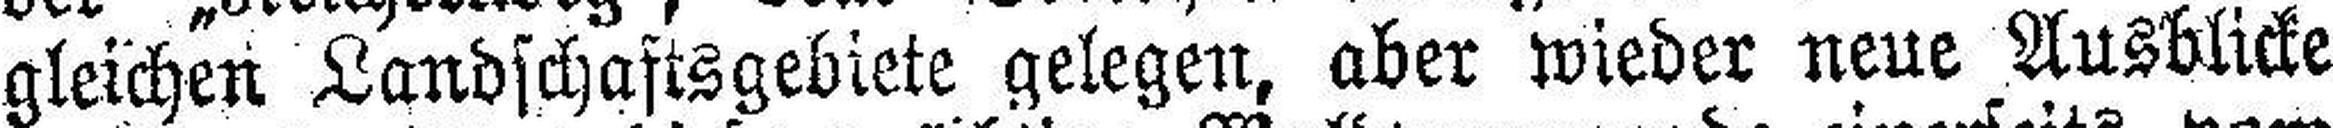
gleichen Landschaftsgebiete gelegen, aber wieder neue Ausblicke